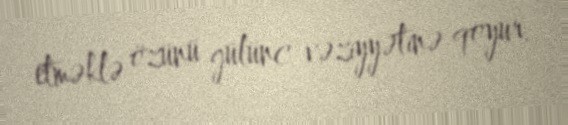
etməklə özünü gülünc vəziyyətinə qoyur.